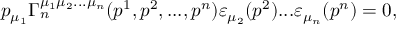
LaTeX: p _ { \mu _ { 1 } } \Gamma _ { n } ^ { \mu _ { 1 } \mu _ { 2 } . . . \mu _ { n } } ( p ^ { 1 } , p ^ { 2 } , . . . , p ^ { n } ) \varepsilon _ { \mu _ { 2 } } ( p ^ { 2 } ) . . . \varepsilon _ { \mu _ { n } } ( p ^ { n } ) = 0 ,